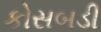
કોસબડી